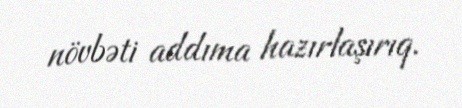
növbəti addıma hazırlaşırıq.